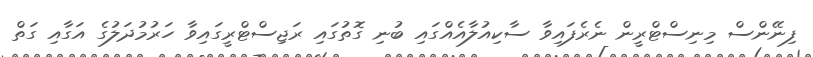
ފިނޭންސް މިނިސްޓްރީން ނެރެފައިވާ ސާކިއުލާއެއްގައި ބުނި ގޮތުގައި ރަޖިސްޓްރީގައިވާ ހަރުމުދަލުގެ އަގާއި ގަތް